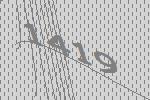
1419